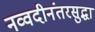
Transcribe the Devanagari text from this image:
नव्वदीनंतरसुद्धा